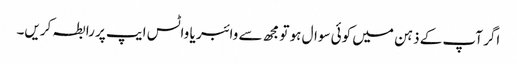
اگر آپ کے ذہن میں کوئی سوال ہو تو مجھ سے وائبر یا واٹس ایپ پر رابطہ کریں۔